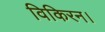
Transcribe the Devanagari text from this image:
विकिरन।